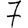
Digit: 7